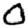
Digit: 0